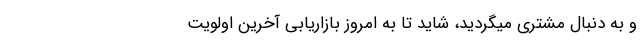
و به دنبال مشتری میگردید، شاید تا به امروز بازاریابی آخرین اولویت